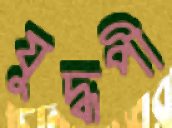
যুদ্ধপী